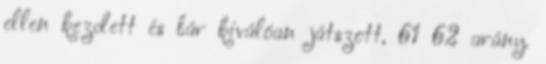
ellen kezdett és bár kiválóan játszott, 61 62 arány.